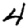
Digit: 4